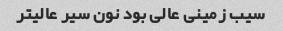
سیب زمینی عالی بود نون سیر عالیتر